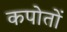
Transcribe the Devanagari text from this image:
कपोतों